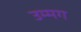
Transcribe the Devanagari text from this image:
उम्मग